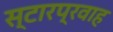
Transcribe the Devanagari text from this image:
स्टारप्रवाह